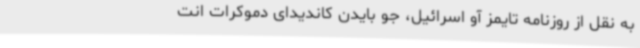
به نقل از روزنامه تایمز آو اسرائیل، جو بایدن کاندیدای دموکرات انت